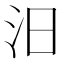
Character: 汨